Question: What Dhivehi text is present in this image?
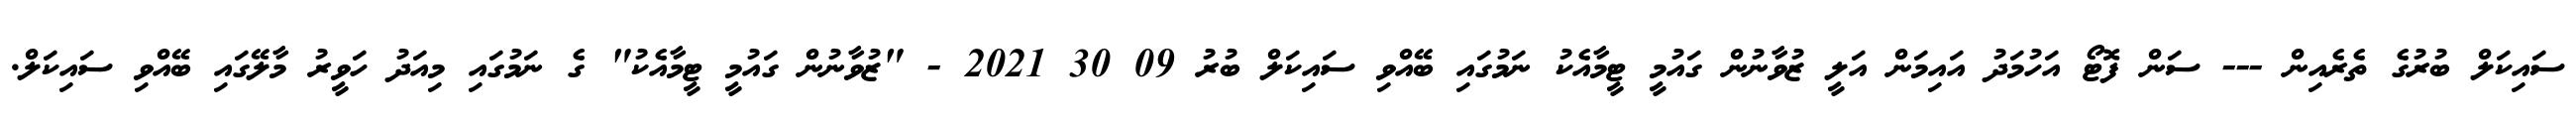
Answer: ސައިކަލް ބުރުގެ ތެރެއިން --- ސަން ފޮޓޯ އަހުމަދު އައިމަން އަލީ ޒުވާނުން ގައުމީ ޓީމާއެކު ނަމުގައި ބޭއްވި ސައިކަލް ބުރު 09 30 2021 - "ޒުވާނުން ގައުމީ ޓީމާއެކު" ގެ ނަމުގައި މިއަދު ހަވީރު މާލޭގައި ބޭއްވި ސައިކަލް.